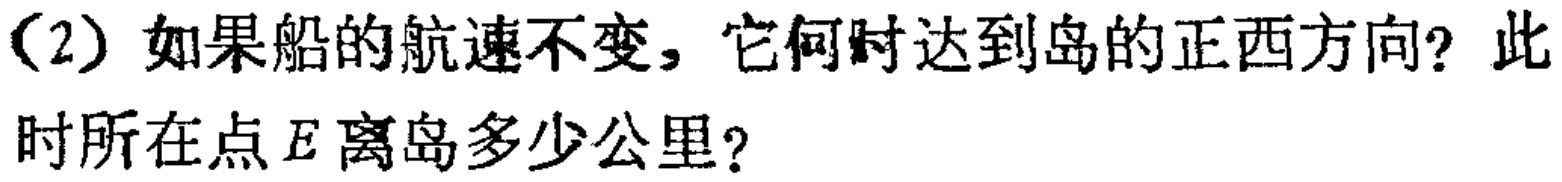
（2）如果船的航速不变，它何时达到岛的正西方向？此时所在点\(E\)离岛多少公里？